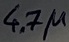
Text: 4.7µ